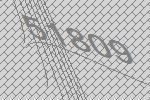
51809